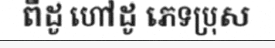
ពីដូ ហៅដូ ភេទប្រុស